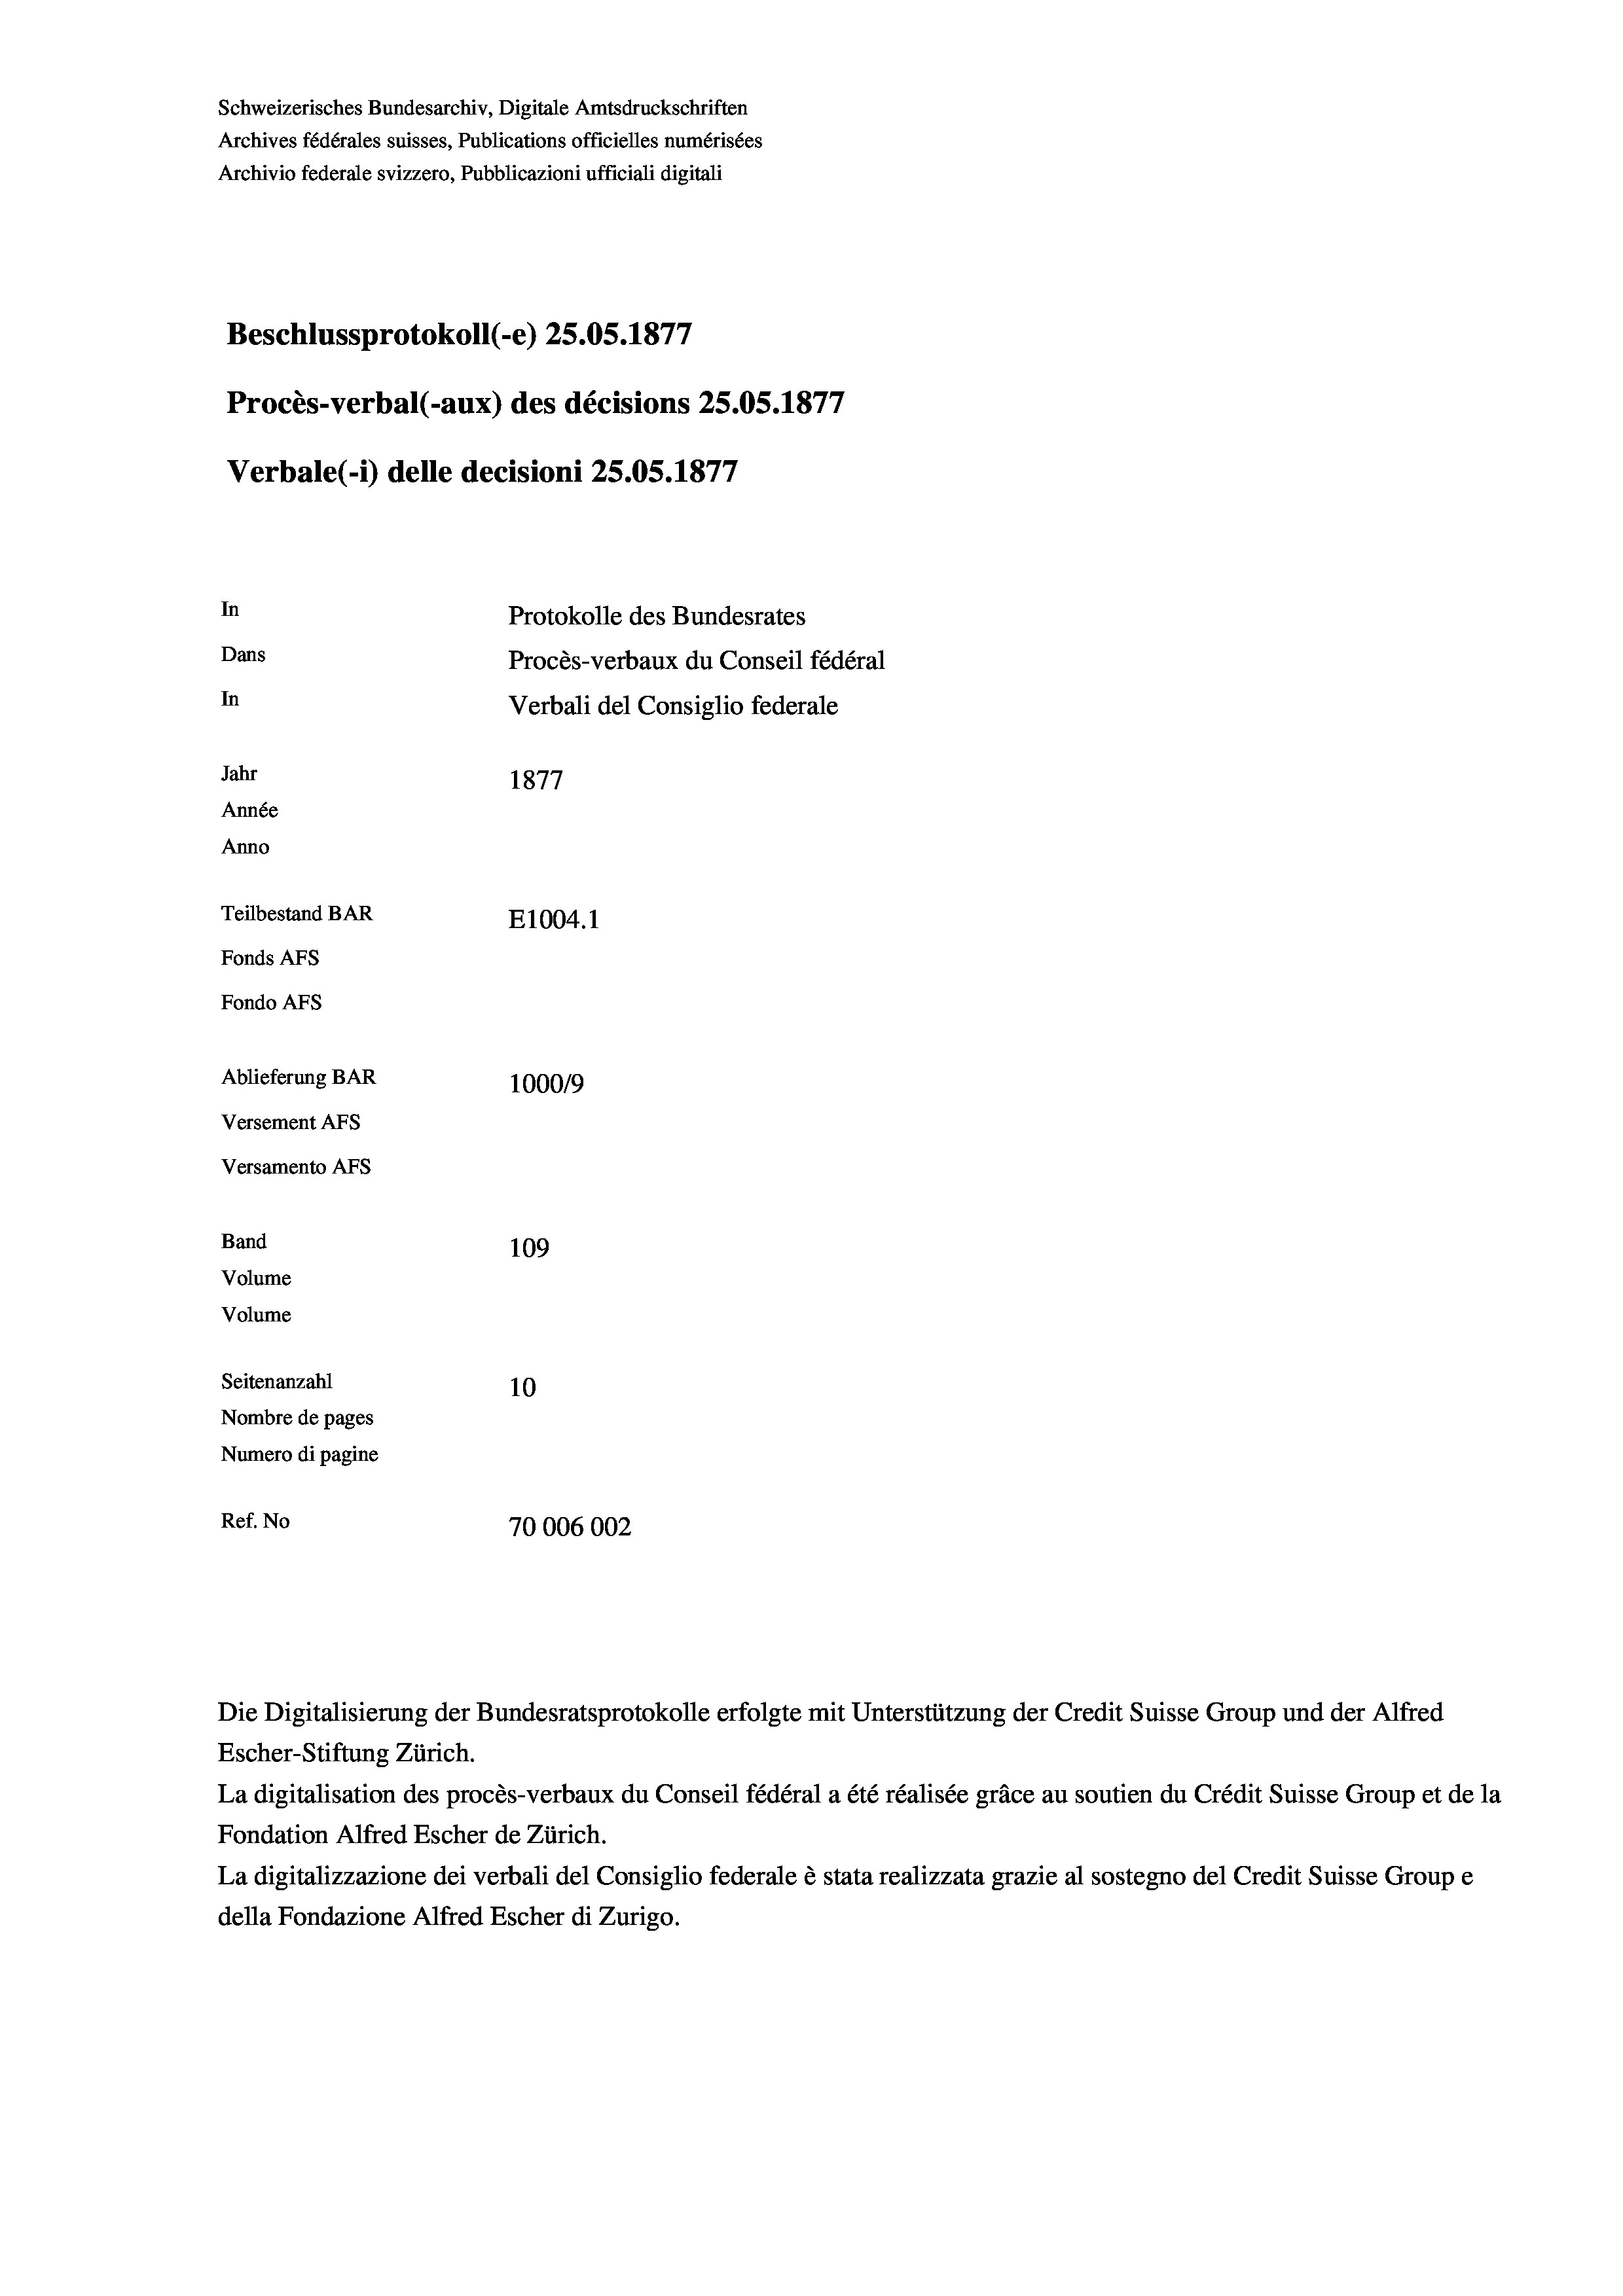
Schweizerisches Bundesarchiv, Digitale Amtsdruckschriften
Archives fédérales suisses, Publications officielles numérisées
Archivio federale svizzero, Pubblicazioni ufficiali digitali
Beschlussprotokoll (-e) 25.05. 1877
e
Procès-verbal (-aux) des décisions 25.05. 1877
Verbale (- 1) delle decisioni 25.05. 1877
In
Protokolle des Bundesrates
Dans
Procès-verbaux du Conseil fédéral
In
Verbali del Consiglio federale
Jahr
1877
Année
Anno
Teilbestand BAR
E1004. 1
Fonds AFs
Fondo AFs
Ablieferung BAR
100019
Versement AFS
Versamento AFs
Band
109

Seitenanzahl
10
Nombre de pages
Numero di pagine
Ref. No
70006002

Volume
Volume

Escher-Stiftung Zürich.
La digitalisation des procès-verbaux du Conseil fédéral a été réalisée gräce au soutien du Crédit Suisse Group et de la
Fondation Alfred Escher de Zürich.
La digitalizzazione dei verbali del Consiglio federale è stata realizzata grazie al sostegno del Credit Suisse Groupe
della Fondazione Alfred Escher di Zurigo.

Die Digitalisierung der Bundesratsprotokolle erfolgte mit Unterstützung der Credit Suisse Group und der Alfred